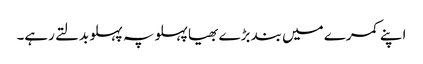
اپنے کمرے میں بند بڑے بھیا پہلو پہ پہلو بدلتے رہے۔